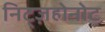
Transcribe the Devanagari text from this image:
निट्ज़होनोट